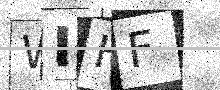
Text: WIHF